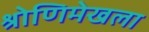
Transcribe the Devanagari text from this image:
श्रोणिमेखला